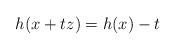
LaTeX: \begin{align*} h(x+tz) = h(x) - t\end{align*}